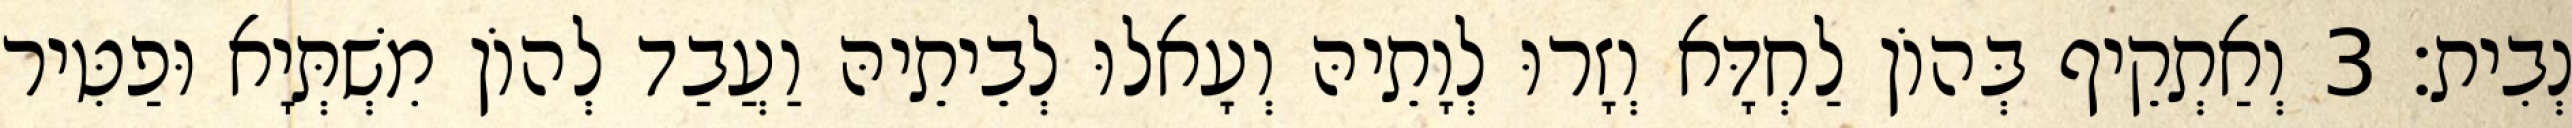
נְבִית׃ 3 וְאַתְקֵיף בְּהוֹן לַחְדָּא וְזָרוּ לְוָתֵיהּ וְעָאלוּ לְבֵיתֵיהּ וַעֲבַד לְהוֹן מִשְׁתְּיָא וּפַטִּיר